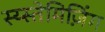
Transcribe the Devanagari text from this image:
स्य्स्तेमिज़िंग